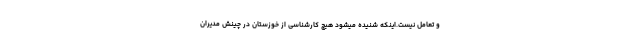
و تعامل نیست.اینکه شنیده میشود هیچ کارشناسی از خوزستان در چینش مدیران